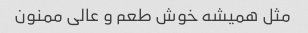
مثل همیشه خوش طعم و عالی ممنون